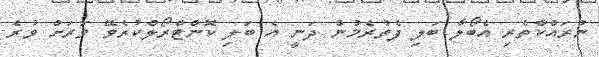
ނުރައްކާތެރި އެބޯލާ ބަލި ފެތުރެމުން ދަނީ އެ ބަލި ކޮންޓްރޯލްކުރެވޭ ވަރަށް ވުރެ